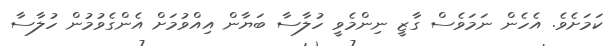
ކަމަށެވެ. އެހެން ނަމަވެސް ގާޒީ ނިންމެވީ ހުލާސާ ބަޔާން އިއްވުމަށް އެންގެވުމުން ހުލާސާ